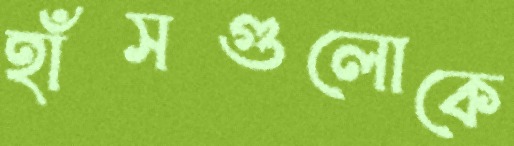
হাঁসগুলোকে